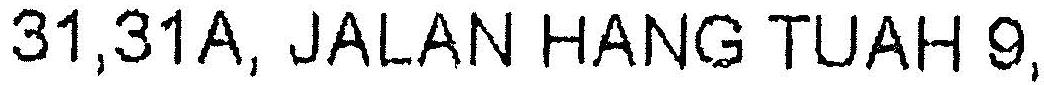
31,31A, JALAN HANG TUAH 9,